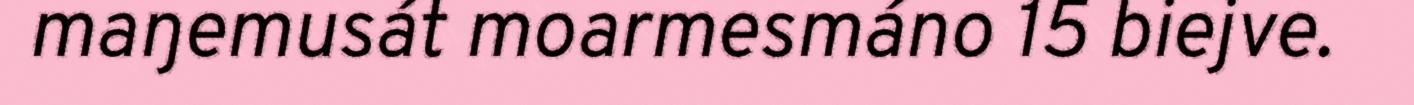
maŋemusát moarmesmáno 15 biejve.